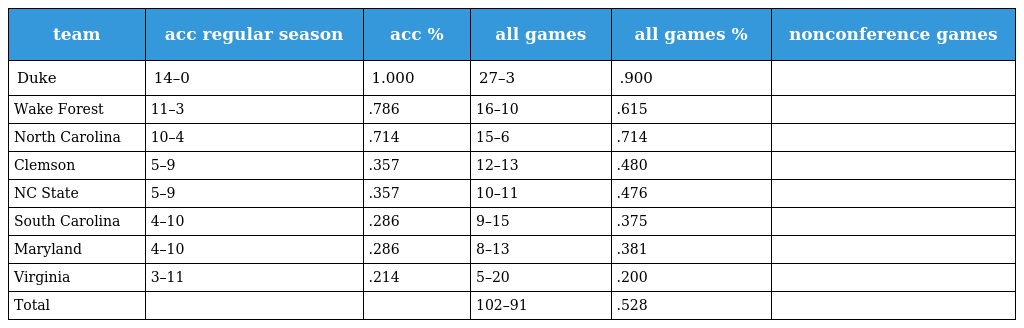
| team | acc regular season | acc % | all games | all games % | nonconference games |
 | --- | --- | --- | --- | --- | --- |
 | Duke | 14–0 | 1.000 | 27–3 | .900 |  |
 | Wake Forest | 11–3 | .786 | 16–10 | .615 |  |
 | North Carolina | 10–4 | .714 | 15–6 | .714 |  |
 | Clemson | 5–9 | .357 | 12–13 | .480 |  |
 | NC State | 5–9 | .357 | 10–11 | .476 |  |
 | South Carolina | 4–10 | .286 | 9–15 | .375 |  |
 | Maryland | 4–10 | .286 | 8–13 | .381 |  |
 | Virginia | 3–11 | .214 | 5–20 | .200 |  |
 | Total |  |  | 102–91 | .528 |  |